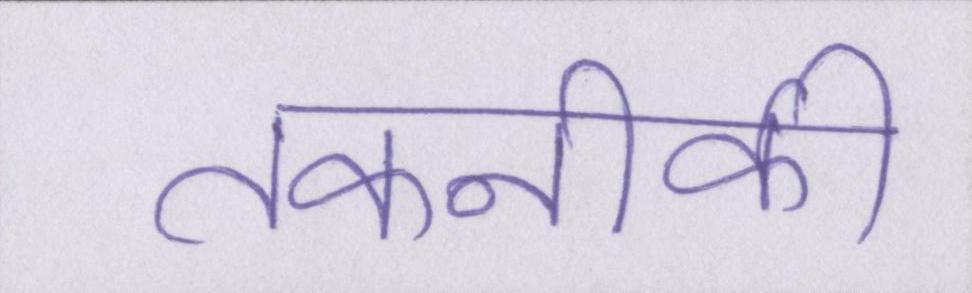
तकनीकी